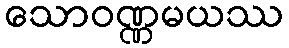
သောဝဏ္ဏမယဿ